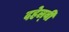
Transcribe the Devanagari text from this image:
दहेल्‍वी